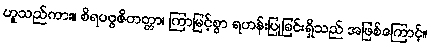
ဟူသည်ကား။ စိရပဗ္ဗဇိတတ္တာ၊ ကြာမြင့်စွာ ရဟန်းပြုခြင်းရှိသည် အဖြစ်ကြောင့်။